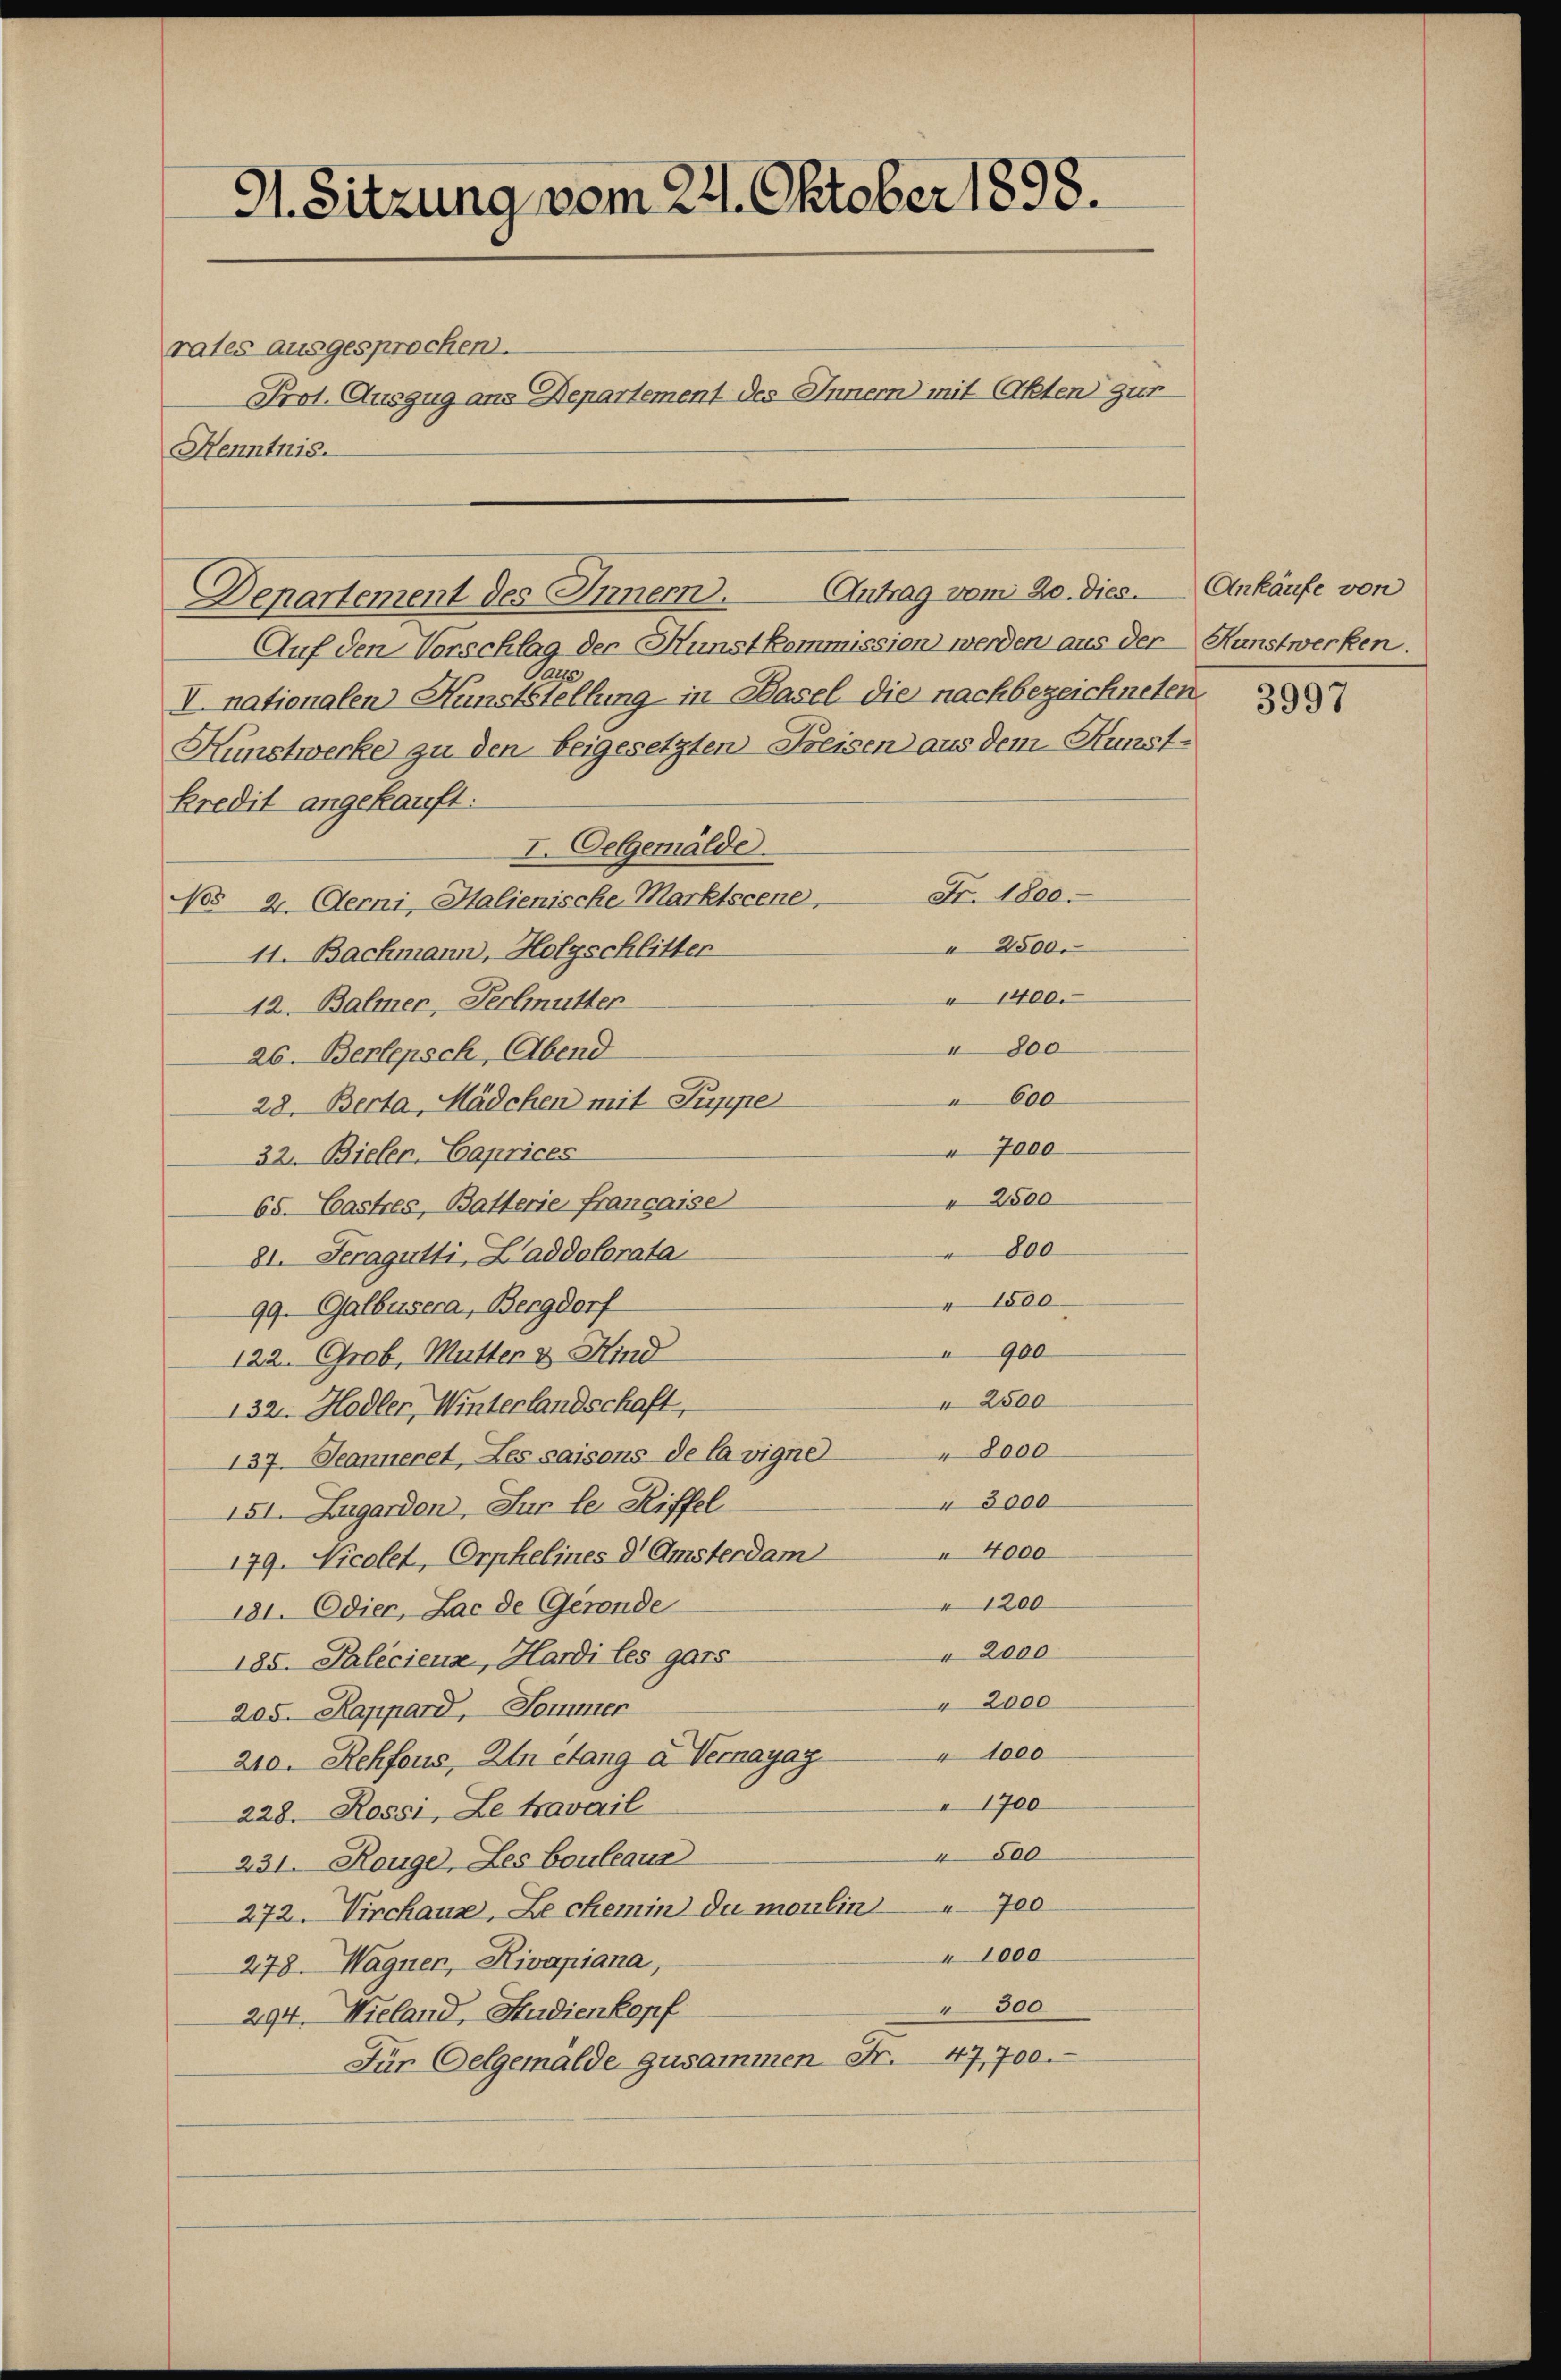
G. Sitzung vom 22. Oktober 1898.
rates ausgesprochen.
Prot. Auszug ans Departement des Innern mit Akten zur
Kenntnis.

Antrag vom 20. dies.
Denartement des Innern.

Auf den Vorschlag der Kunstkommission werden aus der Kunstwerken.
75
I. nationalen Kunststellung in Basel die nachbezeichneten.
Künstwerke zu den beigesetzten Kreisen aus dem Kunstkredit angekauft.
I. Oelgemälde
Fr. 1800.
Nos 2. Deri, Halienische Marktscene,
 2500.
11. Bachmann, Holzschlitter
1400.
12. Balmer, Perlmutter
800
26. Berlepsch, Abend
600
28. Berta, Mädchen mit Puppe
7000
32. Bieler. Caprices
" 2500
68. Castres, Batterie française
800
81. Seragütti, Laddolorata
1800
99. Galbusera, Bergdorf
 900
122. Grob, Mutter & Hind
" 2500
132. Hodler, Winterlandschaft,
8000
137. Jeanneret, Les saisons de la vigne
" 3000
151. Zugardon, Sur le Riffel
4000
179. Nicolet, Orphelines d. Amsterdam
"1200
181. Odiec, Lac de Gerende
" 2000
185. Palicieux, Hardi les gars
" 2000
205. Rappard, Sommer
" 1000
210. Rehfous, Ztn elang a. Vernayaz
1700
228. Rossi, Le travail
4500
231. Rouge, Les bouleaus
272. Virchaus, Le chemin du moulin 700
1000
278. Wagner, Rivapiana,
" 300
294. Wieland, Studienkopf
47,700.
Für Oelgemälde gusammen Fr.

Ankäufe von

3997